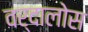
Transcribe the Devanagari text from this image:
वर्दालोस